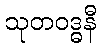
သုတဝဒ္ဓနီ